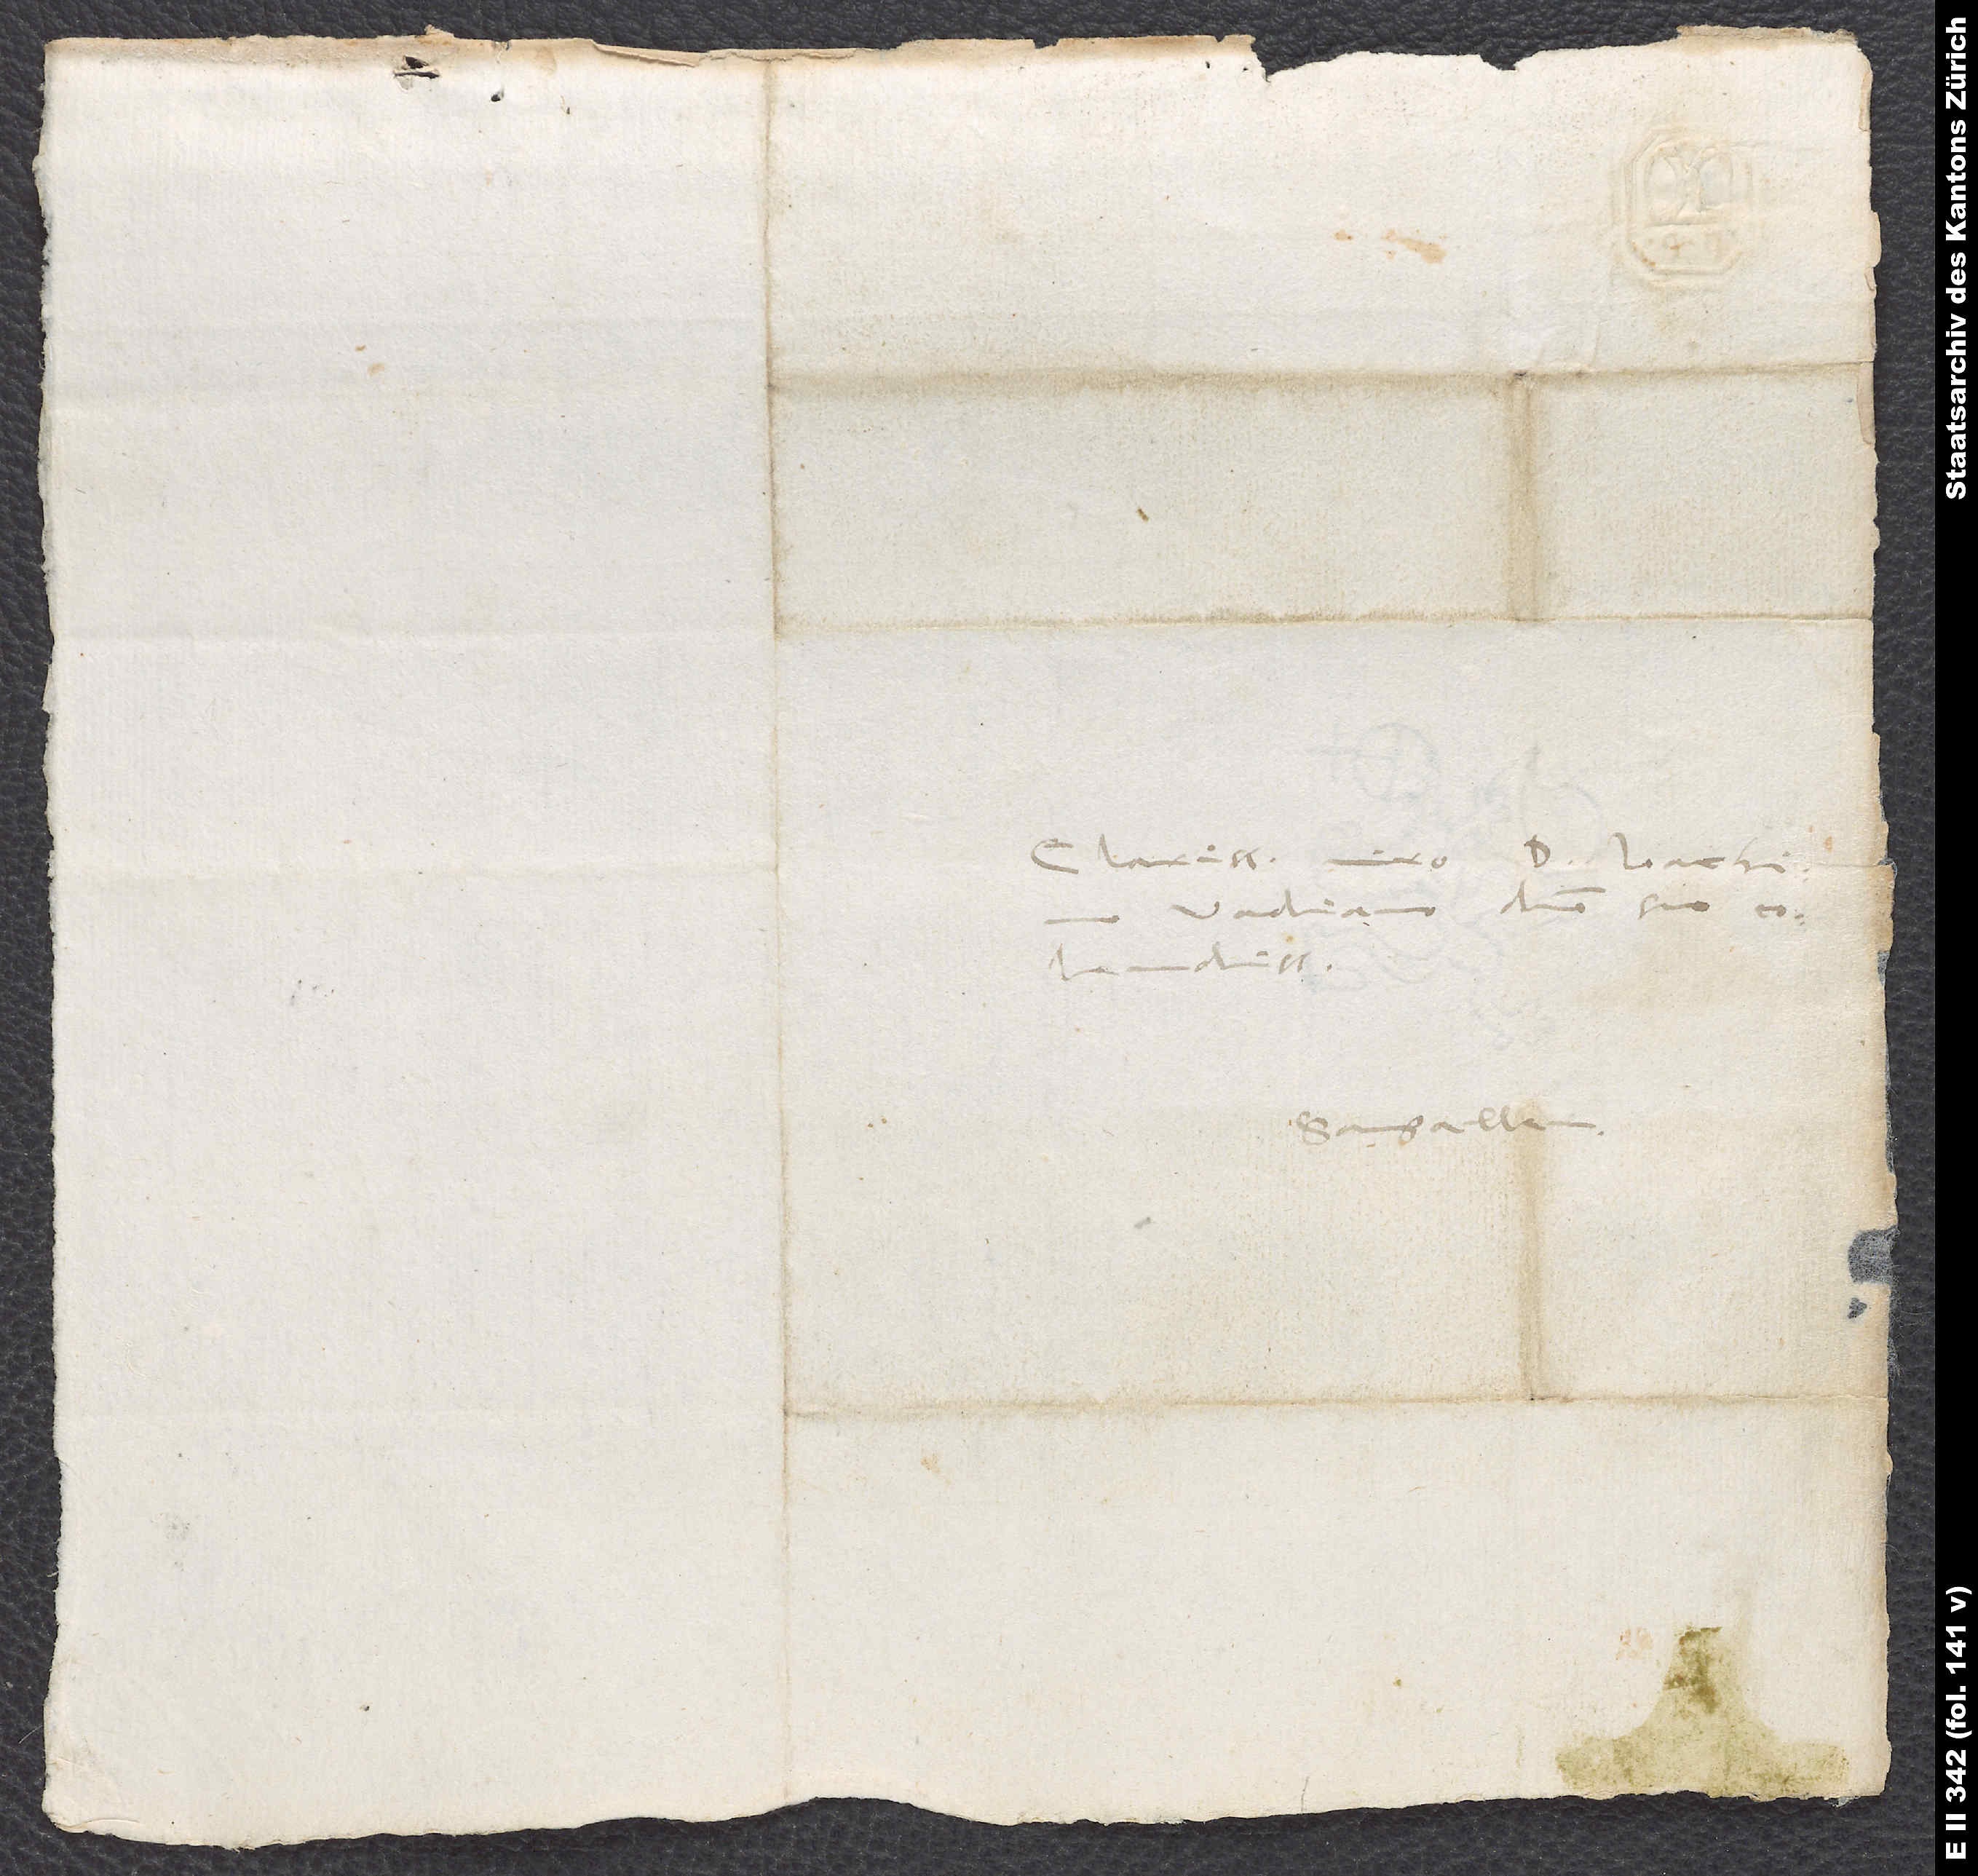
Clarissimo viro d. Ioachimo
Vadiano, domino suo
colendissimo.
Sangallen.